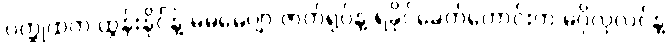
ဝတ္ထုထဲက ထွန်းနိုင်နဲ့ မမမေဂျာ ဇာတ်ရုပ်နဲ့ ရခိုင်ခေတ်ဟောင်းက မဂိုလုလင်နဲ့